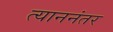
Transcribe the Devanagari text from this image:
त्याननंतर